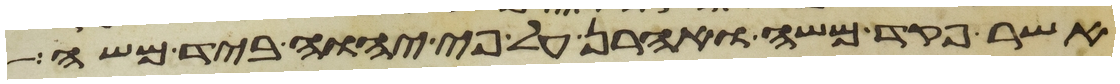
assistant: אשר פקד משה ואהרן על פי יהוה ביד משה